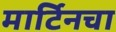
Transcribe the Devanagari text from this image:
मार्टिनचा